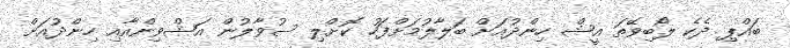
ބައްޕި ދެކެ ލޯބިވޭތަ އީޝް ހިންދުއަށް ބަލާލުމަށްފަހު ކޮށްލި ސުވާލުން އަޝްވިންއާއި ހިންދުއަށް